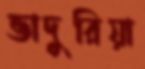
ভাদুরিয়া